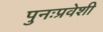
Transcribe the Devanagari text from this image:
पुनःप्रवेशी